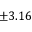
\pm 3 . 1 6